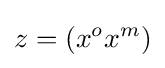
z=(x^{o}x^{m})